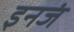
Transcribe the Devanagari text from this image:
इनजं